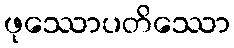
ဖုဿောပတိဿော